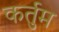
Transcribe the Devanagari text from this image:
कर्तुम